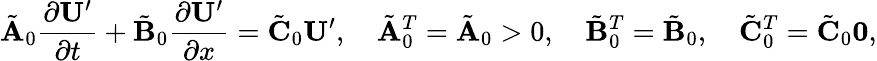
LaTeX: \tilde{\mathbf{A}}_{0}\frac{\partial\mathbf{U}^{\prime}}{\partial t}+\tilde{\mathbf{B}}_{0}\frac{\partial\mathbf{U}^{\prime}}{\partial x}=\tilde{\mathbf{C}}_{0}\mathbf{U}^{\prime},\quad\tilde{\mathbf{A}}_{0}^{T}=\tilde{\mathbf{A}}_{0}>0,\quad\tilde{\mathbf{B}}_{0}^{T}=\tilde{\mathbf{B}}_{0},\quad\tilde{\mathbf{C}}_{0}^{T}=\tilde{\mathbf{C}}_{0}\le 0,